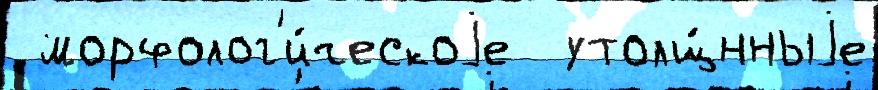
 морфолог'и́ческоjе  утолщ́нныjе